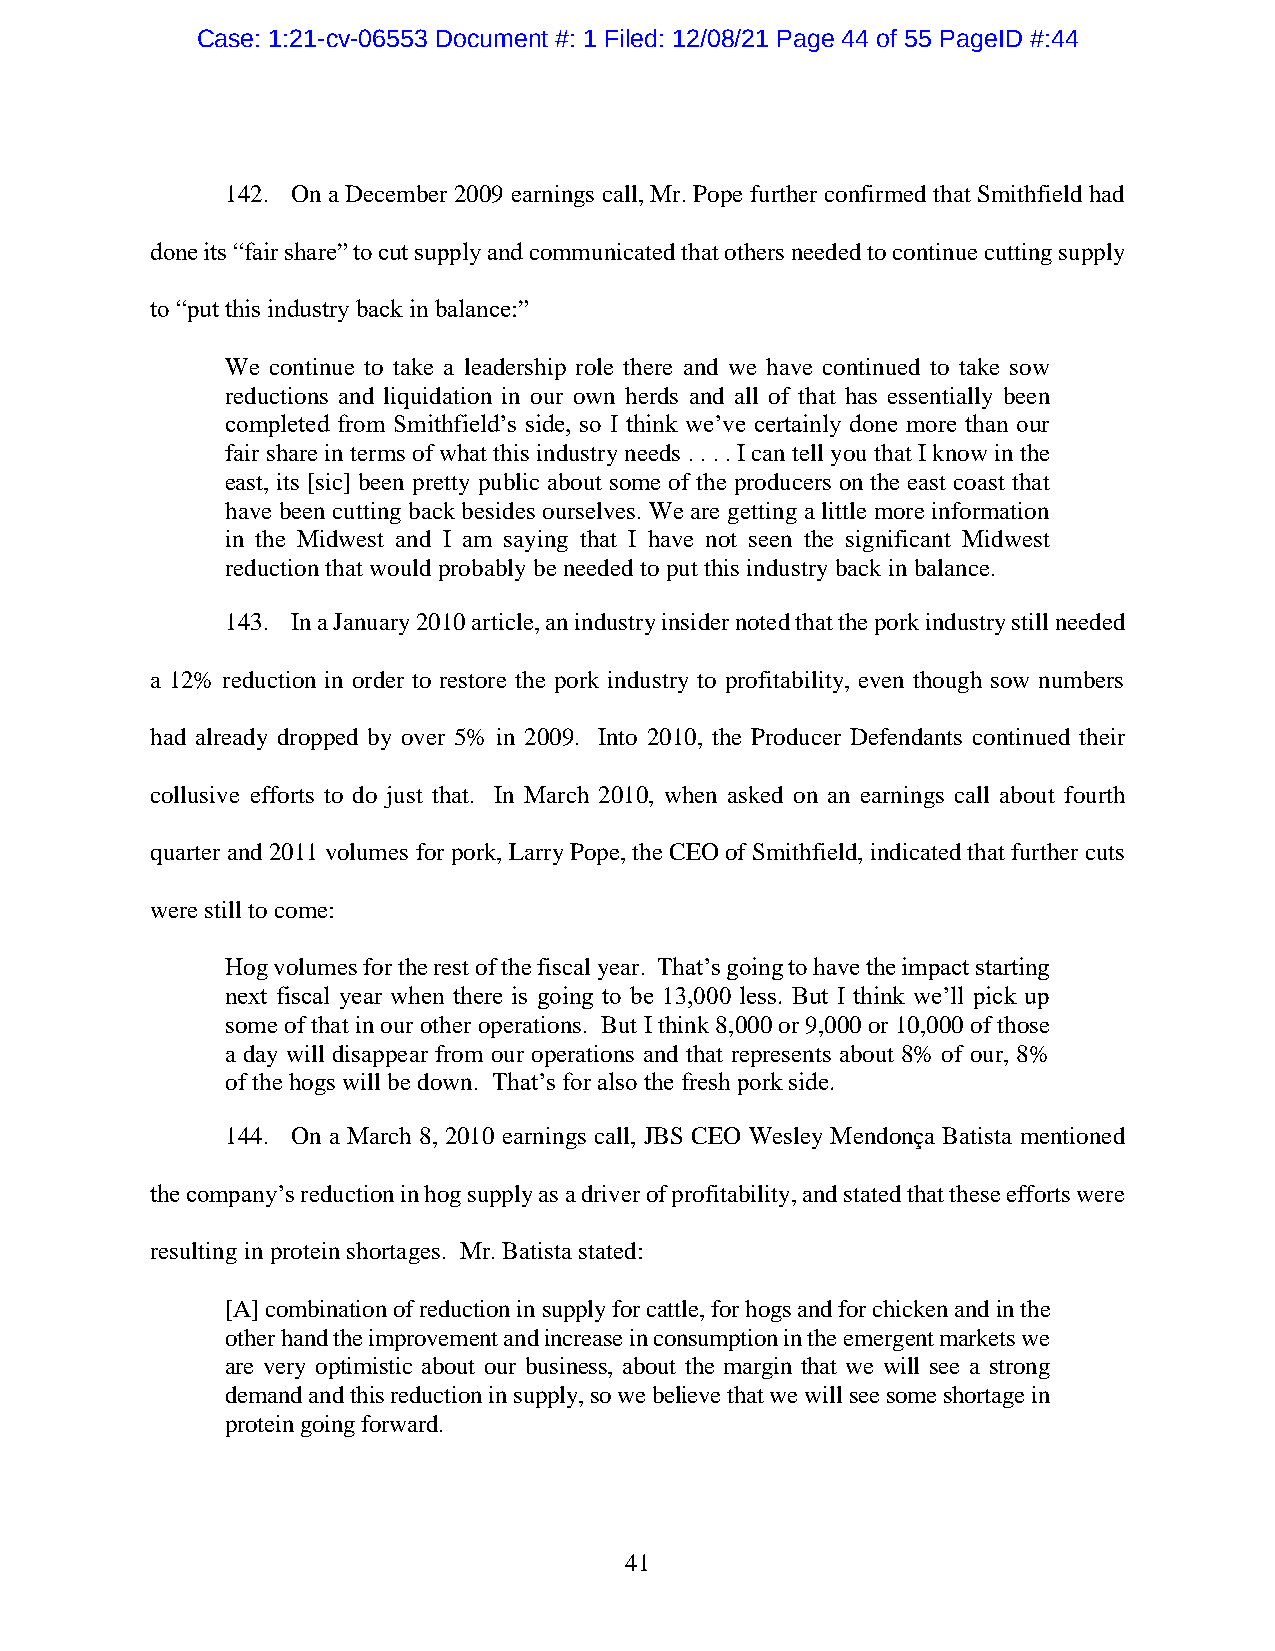
Case: 1:21-cv-06553 Document #: 1 Filed: 12/08/21 Page 44 of 55 PageID #:44
 142. On a December 2009 earnings call, Mr. Pope further confirmed that Smithfield had
 done its “fair share” to cut supply and communicated that others needed to continue cutting supply
 to “put this industry back in balance:”
 We continue to take a leadership role there and we have continued to take sow
 reductions and liquidation in our own herds and all of that has essentially been
 completed from Smithfield’s side, so I think we’ve certainly done more than our
 fair share in terms of what this industry needs . . . . I can tell you that I know in the
 east, its [sic] been pretty public about some of the producers on the east coast that
 have been cutting back besides ourselves. We are getting a little more information
 in the Midwest and I am saying that I have not seen the significant Midwest
 reduction that would probably be needed to put this industry back in balance.
 143. In a January 2010 article, an industry insider noted that the pork industry still needed
 a 12% reduction in order to restore the pork industry to profitability, even though sow numbers
 had already dropped by over 5% in 2009. Into 2010, the Producer Defendants continued their
 collusive efforts to do just that. In March 2010, when asked on an earnings call about fourth
 quarter and 2011 volumes for pork, Larry Pope, the CEO of Smithfield, indicated that further cuts
 were still to come:
 Hog volumes for the rest of the fiscal year. That’s going to have the impact starting
 next fiscal year when there is going to be 13,000 less. But I think we’ll pick up
 some of that in our other operations. But I think 8,000 or 9,000 or 10,000 of those
 a day will disappear from our operations and that represents about 8% of our, 8%
 of the hogs will be down. That’s for also the fresh pork side.
 144. On a March 8, 2010 earnings call, JBS CEO Wesley Mendonça Batista mentioned
 the company’s reduction in hog supply as a driver of profitability, and stated that these efforts were
 resulting in protein shortages. Mr. Batista stated:
 [A] combination of reduction in supply for cattle, for hogs and for chicken and in the
 other hand the improvement and increase in consumption in the emergent markets we
 are very optimistic about our business, about the margin that we will see a strong
 demand and this reduction in supply, so we believe that we will see some shortage in
 protein going forward.
 41